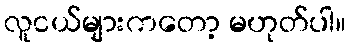
လူငယ်များကတော့ မဟုတ်ပါ။